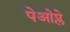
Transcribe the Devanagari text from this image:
पेओप्ले